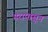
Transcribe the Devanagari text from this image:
गरापासून